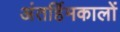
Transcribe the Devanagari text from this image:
अंतर्हिमकालों